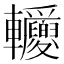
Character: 𨐂